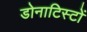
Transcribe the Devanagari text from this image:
डोनाटिस्टों